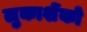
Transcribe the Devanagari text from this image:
लुकाशेंको